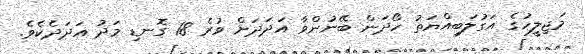
މަޖިލީހުގެ އަގުލަބިއްޔަތު ހޯދަން ބޭނުންވާ އަދަދަށް ވުރެ 18 ގޮނޑި މަދު އަދަދެކެވެ.